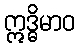
ဣဒ္ဓိမာဝ